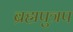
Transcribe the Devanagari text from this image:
ब्रह्मपुत्रप